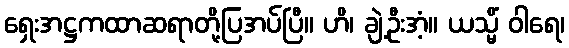
ရှေးအဋ္ဌကထာဆရာတို့ပြအပ်ပြီ။ ဟိ၊ ချဲ့ဦးအံ့။ ယသ္မိံ ဝါရေ၊